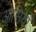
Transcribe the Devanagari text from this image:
ओसियाँ